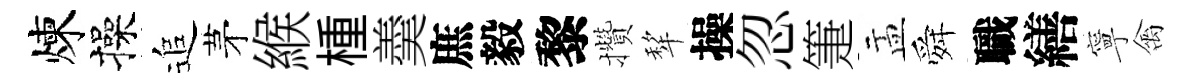
煉操追茅緱㮔羮庶毅黎攢犂操忽箑盂舜職繕寧禽